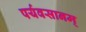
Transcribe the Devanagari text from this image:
पर्यवसानम्